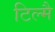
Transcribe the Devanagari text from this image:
टिल्मै